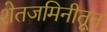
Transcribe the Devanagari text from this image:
शेतजमिनीतून